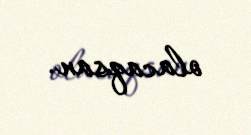
olacaqsan.